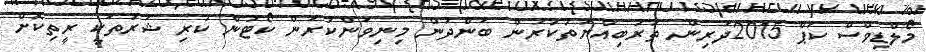
މޯލްޑިވްސް ކަޕް 2015ދަރިން ތަރުބިއްޔަތުކުރުން ބަންދުން މިނިވަންކުރަން ކޯޓުން ކުރި ޝަރުތަކީ ރީތިކޮށް